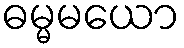
ဓမ္မမယော